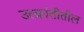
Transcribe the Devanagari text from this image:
उत्क्रांतीतील